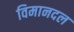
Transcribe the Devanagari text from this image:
विमानदल